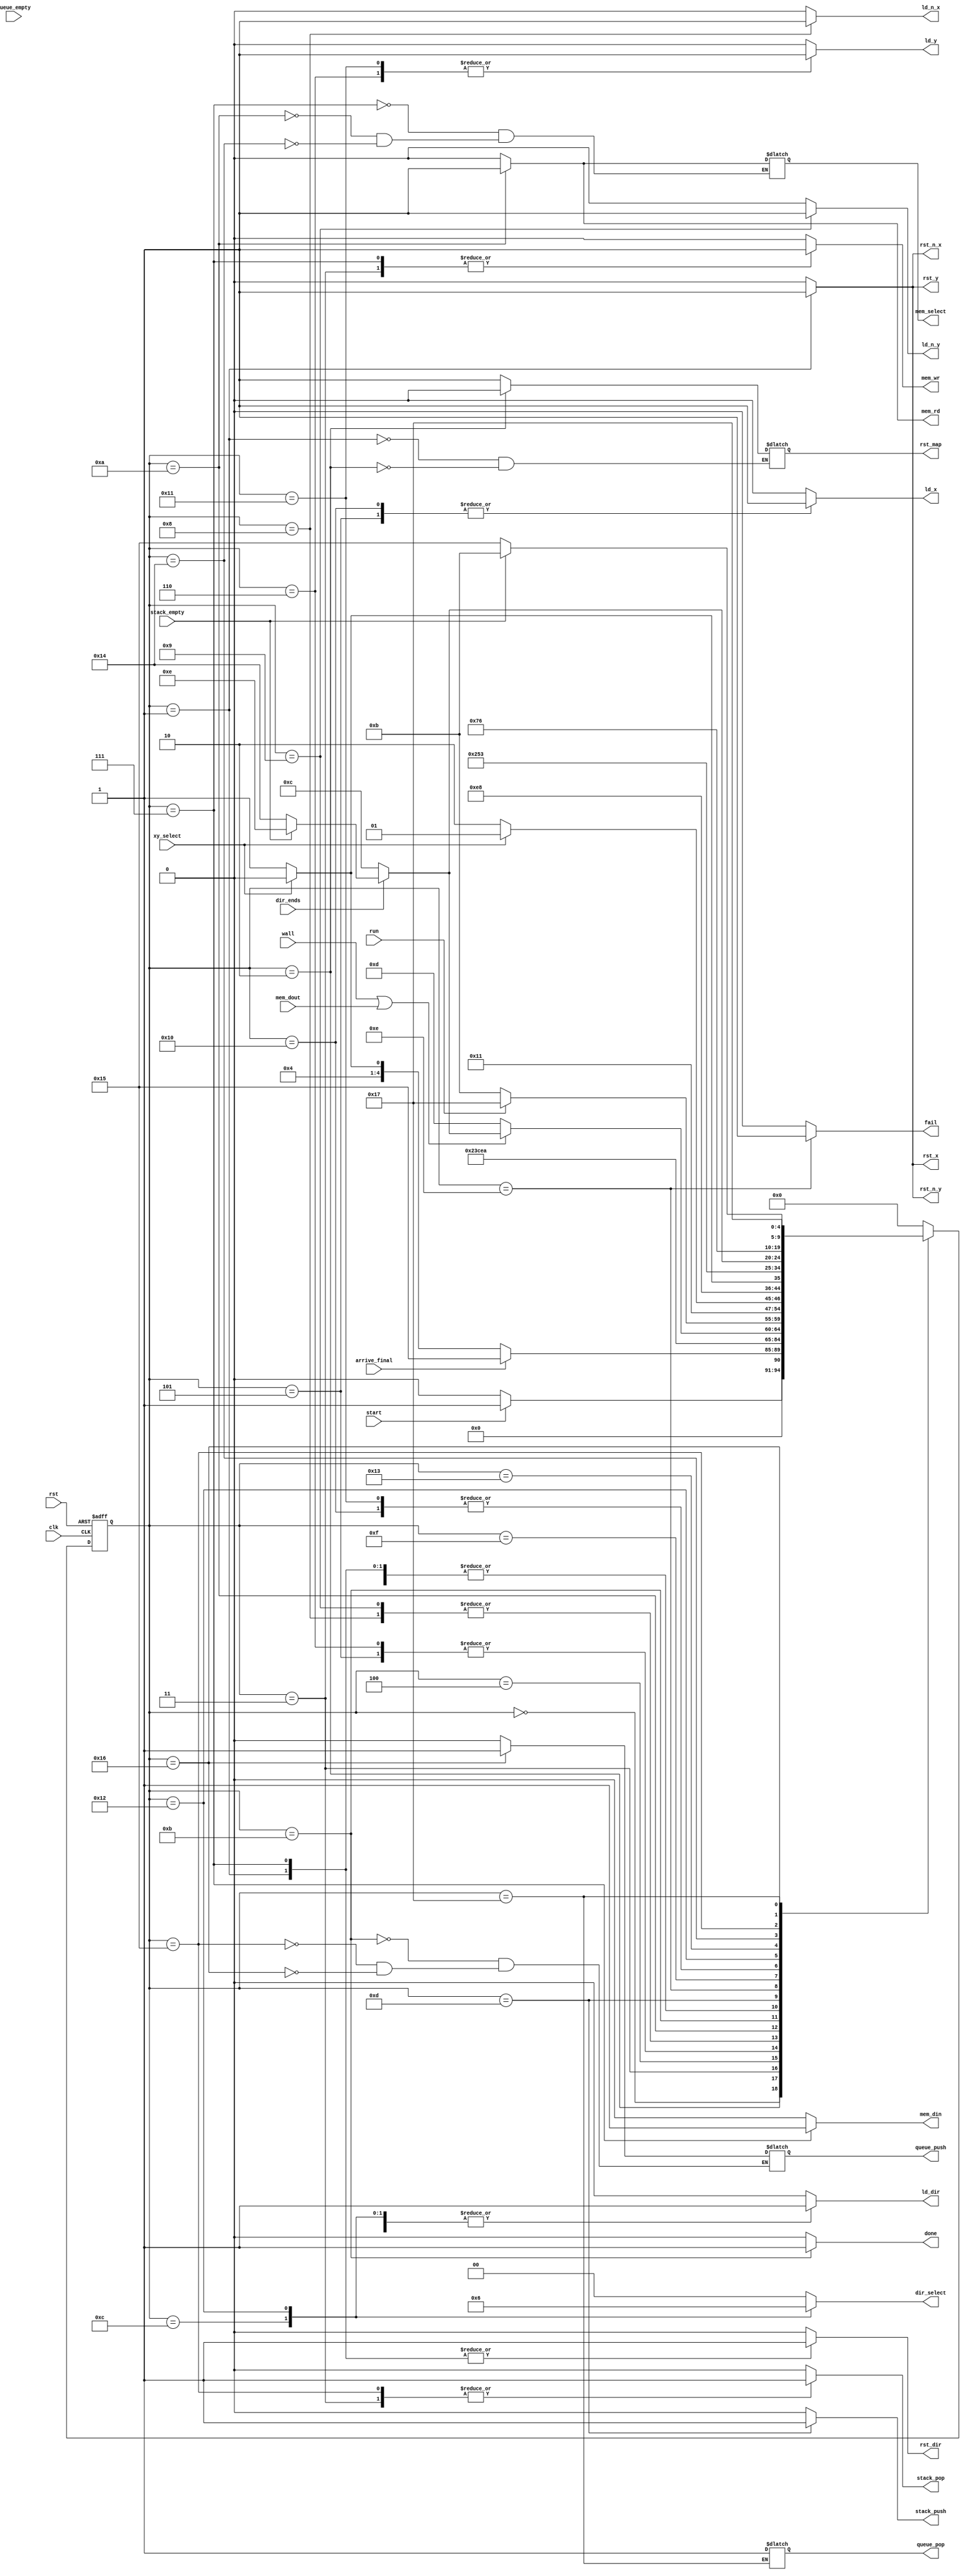
`define S0 5'b00000
`define S1 5'b00001
`define S2 5'b00010
`define S3 5'b00011
`define S4 5'b00100
`define S5 5'b00101
`define S6 5'b00110
`define S7 5'b00111
`define S8 5'b01000
`define S9 5'b01001
`define S10 5'b01010
`define S11 5'b01011
`define S12 5'b01100
`define S13 5'b01101
`define S14 5'b01110
`define S15 5'b01111
`define S16 5'b10000
`define S17 5'b10001
`define S18 5'b10010
`define S19 5'b10011
`define S20 5'b10100
`define S21 5'b10101
`define S22 5'b10110
`define S23 5'b10111
module Maze_controller(run, start, clk, rst, xy_select, mem_dout, arrive_final, wall,
		dir_ends, stack_empty, ld_x, ld_y, ld_n_x, ld_n_y, mem_wr, mem_rd,
		rst_x, rst_y, rst_n_x, rst_n_y, rst_dir, ld_dir, dir_select, fail,
		done, mem_din, stack_push, stack_pop, rst_map, mem_select, queue_push,
		queue_pop, queue_empty);

	input start, clk, rst, xy_select, mem_dout, run,
		arrive_final, wall, dir_ends, stack_empty, queue_empty;
	output ld_x, ld_y, ld_n_x, ld_n_y, mem_wr, mem_rd, rst_x, rst_y, rst_n_x, rst_map,queue_push, queue_pop,
		rst_n_y, rst_dir, ld_dir, fail, done, mem_din, stack_push, mem_select, stack_pop;
	output [1:0] dir_select;
	reg ld_x, ld_y, ld_n_x, ld_n_y, mem_wr, mem_rd, rst_x, rst_y, rst_n_x, rst_n_y, rst_map,
		rst_dir, ld_dir, fail, done, mem_din, stack_push, stack_pop, mem_select,queue_push, queue_pop;
	reg [1:0] dir_select;
	reg [4:0] ps, ns;
	always @(posedge clk, posedge rst)
		if(rst)
			ps = `S0;
		else
			ps = ns;

	always @(ps or start or xy_select or mem_dout or wall or
 			dir_ends or stack_empty or arrive_final)
	begin
		case(ps)
			`S0: ns = start? `S1 : `S0;
			`S1: ns = `S2;
			`S2: ns = arrive_final? `S21 : xy_select? `S8 : `S9;
			`S3: ns = `S4;
			`S4: ns = `S15;
			`S5: ns = `S7;
			`S6: ns = `S7;
			`S7: ns = `S2;
			`S8: ns = `S10;
			`S9: ns = `S10;
			`S10: ns = (wall || mem_dout)? dir_ends? stack_empty? `S14 : `S20 : `S12 : `S13;
			`S11: ns =  run? `S23 : `S11;
			`S12: ns = `S2;
			`S13: ns = xy_select? `S5 : `S6;
			`S14: ns = `S14;
			`S15: ns = xy_select? `S16 : `S17;
			`S16: ns = `S18;
			`S17: ns = `S18;
			`S18: ns = `S19;
			`S19: ns = dir_ends? stack_empty? `S14 : `S20 : `S12;
			`S20: ns = `S3;
			`S21: ns = `S22;
			`S22: ns = stack_empty? `S11 : `S21;
			`S23: ns = `S23;
			default : ns = `S0;
		endcase
	end

	always@(ps)
	begin
		{ld_x, ld_y, ld_n_x, ld_n_y, mem_wr, mem_rd, rst_x, rst_y,
			rst_n_x, rst_n_y, rst_dir, ld_dir, dir_select, fail,
			done, mem_din, stack_push, stack_pop} = 19'b0000000000000000000; 
		case(ps)
			`S0: ;
			`S1: {rst_x, rst_y, rst_dir, rst_n_x, rst_n_y, rst_map} = 6'b111111;
			`S2: rst_map = 1'b0;
			`S3: {stack_pop, mem_wr} = 2'b11;
			`S4:  {ld_dir, dir_select} = 3'b100;
			`S5: ld_x = 1'b1;
			`S6: ld_y = 1'b1;
			`S7: {rst_dir, mem_wr, mem_din, mem_select} = 4'b1110;
			`S8: ld_n_x = 1'b1;
			`S9: ld_n_y = 1'b1;
			`S10: {mem_rd, mem_select} = 2'b11;
			`S11: {stack_pop, queue_push, done} = 3'b001;
			`S12: {ld_dir, dir_select} = 3'b101;
			`S13: stack_push = 1'b1;
			`S14: fail = 1'b1;
			`S15: ;
			`S16: ld_x = 1'b1;
			`S17: ld_y = 1'b1;
			`S18: {ld_dir, dir_select} = 3'b110;
			`S19: ;
			`S20: {mem_din, mem_select}  = 2'b00;
			`S21: {queue_push, stack_pop} = 2'b01;
			`S22: {queue_push, stack_pop} = 2'b10; 
			`S23: queue_pop = 1'b1;
		endcase
	end
endmodule